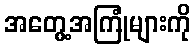
အတွေ့အကြုံများကို